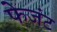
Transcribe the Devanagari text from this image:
फेजंट